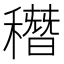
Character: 䅾